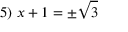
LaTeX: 5 ) \ x + 1 = \pm { \sqrt { 3 } }